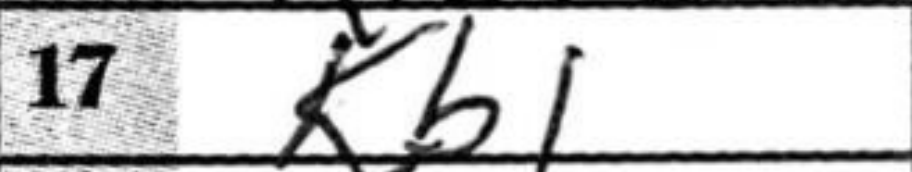
Transcription: Kb1